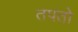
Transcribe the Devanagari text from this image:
तपतो